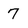
Character: 7